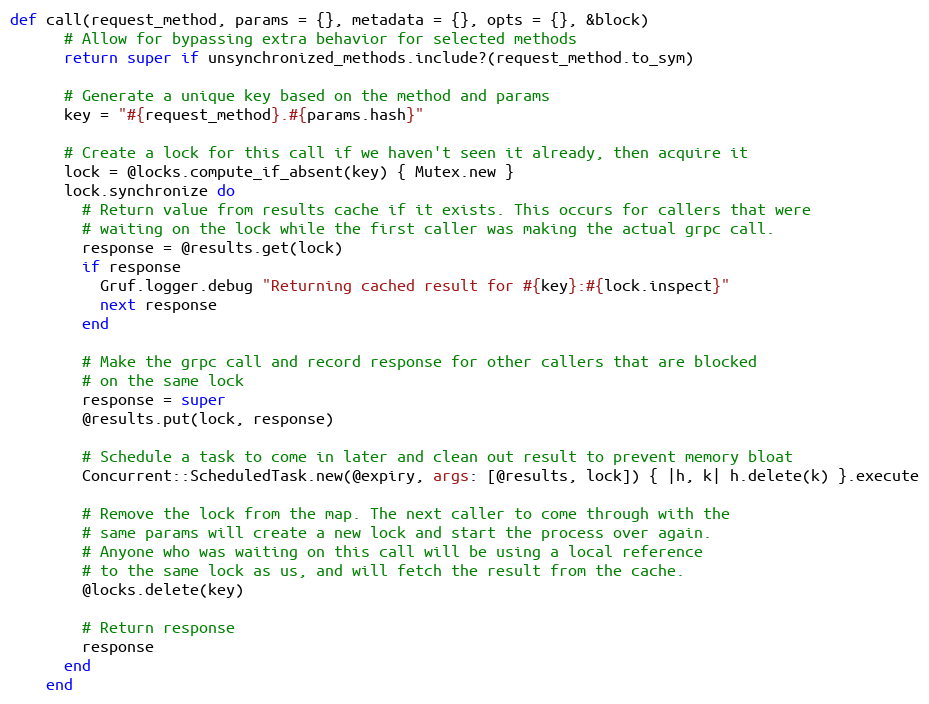
Language: Ruby
def call(request_method, params = {}, metadata = {}, opts = {}, &block)
      # Allow for bypassing extra behavior for selected methods
      return super if unsynchronized_methods.include?(request_method.to_sym)

      # Generate a unique key based on the method and params
      key = "#{request_method}.#{params.hash}"

      # Create a lock for this call if we haven't seen it already, then acquire it
      lock = @locks.compute_if_absent(key) { Mutex.new }
      lock.synchronize do
        # Return value from results cache if it exists. This occurs for callers that were
        # waiting on the lock while the first caller was making the actual grpc call.
        response = @results.get(lock)
        if response
          Gruf.logger.debug "Returning cached result for #{key}:#{lock.inspect}"
          next response
        end

        # Make the grpc call and record response for other callers that are blocked
        # on the same lock
        response = super
        @results.put(lock, response)

        # Schedule a task to come in later and clean out result to prevent memory bloat
        Concurrent::ScheduledTask.new(@expiry, args: [@results, lock]) { |h, k| h.delete(k) }.execute

        # Remove the lock from the map. The next caller to come through with the
        # same params will create a new lock and start the process over again.
        # Anyone who was waiting on this call will be using a local reference
        # to the same lock as us, and will fetch the result from the cache.
        @locks.delete(key)

        # Return response
        response
      end
    end